Lunatic asylums Punjab 1881-1894 - 1881-1894
Year: 1881
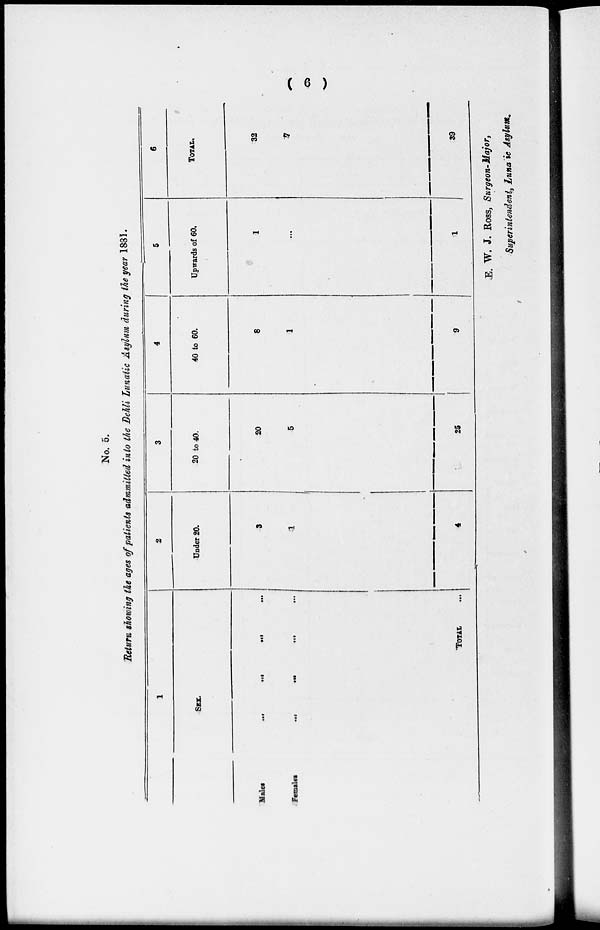
( 6 )
No. 5.
Return showing the ages of patients admmitted into the Dehli Lunatic Asylum during the year 1881.
1
SEX.
Males....
...
...
...
Females...
...
...
...
TOTAL ...
2
Under 20.
3
1
4
3
20 to 40.
20
5
25
4
40 to 60.
8
1
9
5
Upwards of 60.
1
...
1
6
TOTAL.
32
7
39
E. W. J. Ross, Surgeon-Major,
Superintendent, Luna ie Asylum.